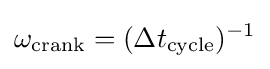
\omega _{\text{crank}}=(\Delta t_{\text{cycle}})^{-1}